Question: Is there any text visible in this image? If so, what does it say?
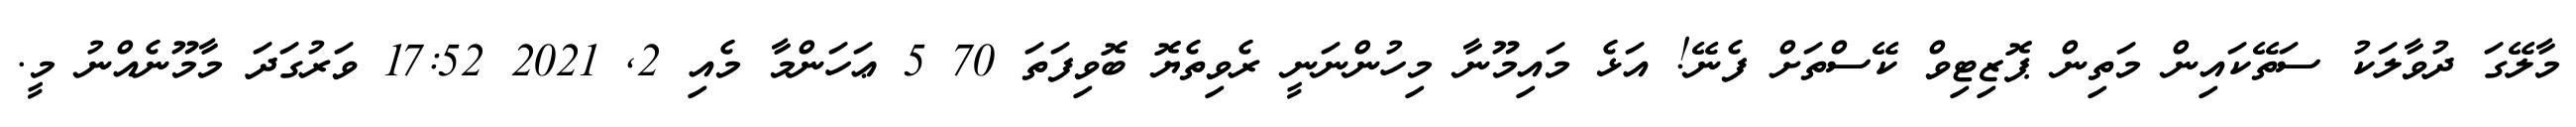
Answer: މާލޭގަ ދުވާލަކު ސަތޭކައިން މަތިން ޕޮޒިޓިވް ކޭސްތަށް ފެނޭ! އަޅެ މައިމޫނާ މިހުންނަނީ ރެވިތެޔޮ ބޮވިފަތަ 70 5 ޢަހަންމާ މެއި 2, 2021 17:52 ވަރުގަދަ މާމޫނެއްނު މީ.